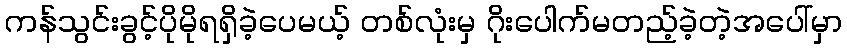
ကန်သွင်းခွင့်ပိုမိုရရှိခဲ့ပေမယ့် တစ်လုံးမှ ဂိုးပေါက်မတည့်ခဲ့တဲ့အပေါ်မှာ